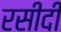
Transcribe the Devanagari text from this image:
रसीदी